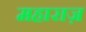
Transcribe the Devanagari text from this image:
महाराज़